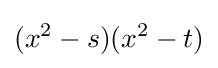
(x^{2}-s)(x^{2}-t)